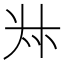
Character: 𠦑